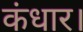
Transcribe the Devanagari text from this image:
कंधार।